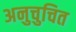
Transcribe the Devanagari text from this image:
अनुचुचित